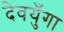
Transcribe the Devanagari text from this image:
देवयुँगा